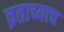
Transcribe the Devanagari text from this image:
व्रताच्याच